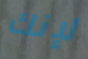
لإنك